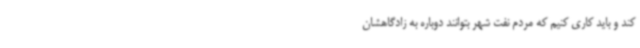
کند و باید کاری کنیم که مردم نفت شهر بتوانند دوباره به زادگاهشان